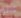
كالو